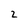
Character: 2